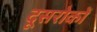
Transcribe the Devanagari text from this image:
दूसरोकों